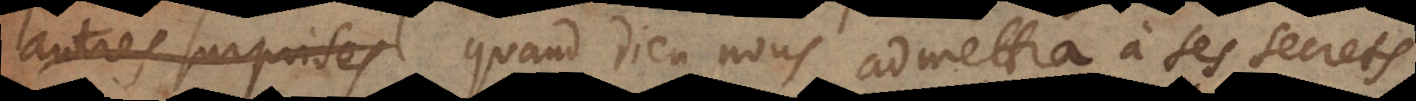
autres surprises quand Dieu nous admettra à ses secrets